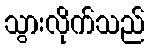
သွားလိုက်သည်